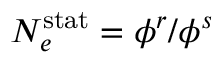
N _ { e } ^ { \mathrm { s t a t } } = \phi ^ { r } / \phi ^ { s }